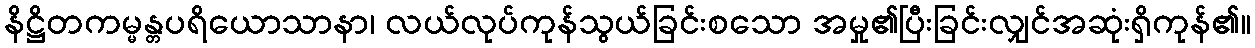
နိဋ္ဌိတကမ္မန္တပရိယောသာနာ၊ လယ်လုပ်ကုန်သွယ်ခြင်းစသော အမှု၏ပြီးခြင်းလျှင်အဆုံးရှိကုန်၏။